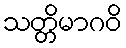
သတ္တိမာဂဝိ